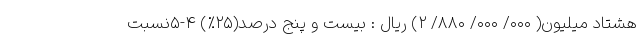
هشتاد میلیون( ۰۰۰/ ۰۰۰/ ۸۸۰/ ۲) ریال : بیست و پنج درصد(۲۵%) ۴-۵­نسبت